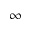
\infty